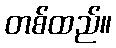
တစ်ထည်။